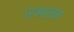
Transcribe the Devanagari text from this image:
उज्वलता